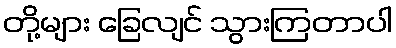
တို့များ ခြေလျင် သွားကြတာပါ